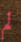
لم